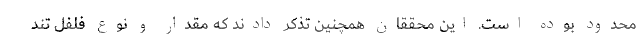
محدود بوده است. این محققان همچنین تذکر دادند که مقدار و نوع فلفل تند